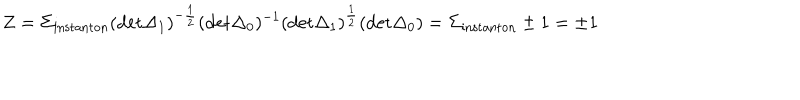
LaTeX: Z = \Sigma _ { \mathrm { i n s t a n t o n } } ( \mathrm { d e t } \Delta _ { 1 } ) ^ { - { \frac { 1 } { 2 } } } ( \mathrm { d e t } \Delta _ { 0 } ) ^ { - 1 } ( \mathrm { d e t } \Delta _ { 1 } ) ^ { \frac { 1 } { 2 } } ( \mathrm { d e t } \Delta _ { 0 } ) = \Sigma _ { \mathrm { i n s t a n t o n } } \pm 1 = \pm 1